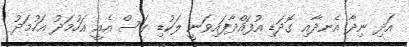
އަދި ނިދާ އެނދާއި ގޮދަޑި އުފައްދާފައިވަނީ ލަކުޑި ގަސް އެއީ އަހުމަދު އަހުމަދު